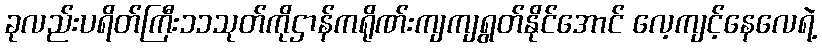
ခုလည်းပရိတ်ကြီး၁၁သုတ်ကိုဌာန်ကရိုဏ်းကျကျရွတ်နိုင်အောင် လေ့ကျင့်နေလေရဲ့